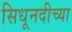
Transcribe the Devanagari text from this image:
सिधूनदीच्या